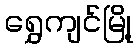
ရွှေကျင်မြို့